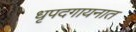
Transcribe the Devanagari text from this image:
धृपदगायनात